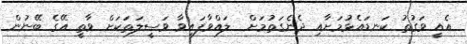
އެއީ ވަގުތު ކަނޑައެޅުމަށާއި ދެނެގަތުމަށް  ލައްވާފައިވާ ވަސީލަތަކަށް ވާތީ އޭގެ ބޭނުން